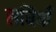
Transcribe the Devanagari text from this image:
सधियाँ